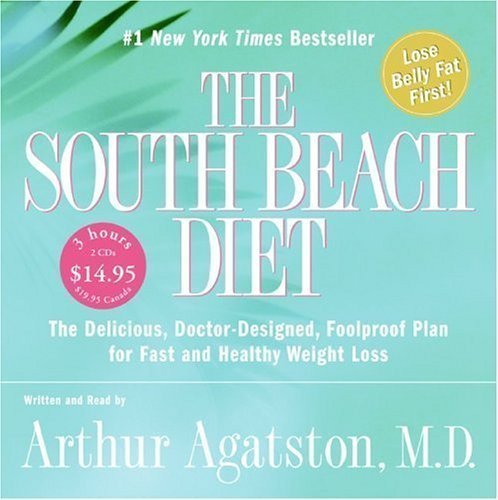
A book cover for South Beach Diet CD Low Price (The South Beach Diet) by Agatston, Arthur S. Abridged Edition [AudioCD(2005/12/27)]; Health, Fitness & Dieting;